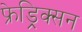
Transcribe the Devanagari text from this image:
फ्रेड्रिक्सन